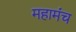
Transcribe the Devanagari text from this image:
महामंच